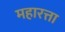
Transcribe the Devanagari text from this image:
महारत्ता